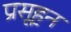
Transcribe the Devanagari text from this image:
प्रसूहन